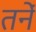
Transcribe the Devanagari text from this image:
तनें